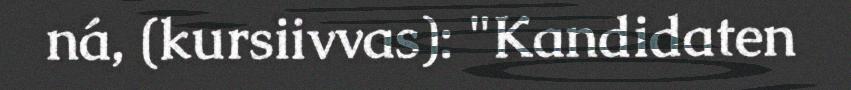
ná, (kursiivvas): "Kandidaten